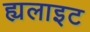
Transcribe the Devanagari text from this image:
ह्यलाइट